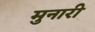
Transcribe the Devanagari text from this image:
मुनारी